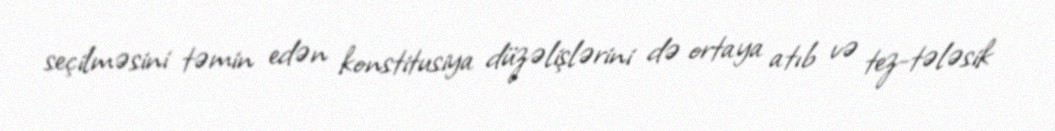
seçilməsini təmin edən konstitusiya düzəlişlərini də ortaya atıb və tez-tələsik